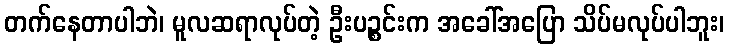
တက်နေတာပါဘဲ၊ မူလဆရာလုပ်တဲ့ ဦးပဉ္စင်းက အခေါ်အပြော သိပ်မလုပ်ပါဘူး၊